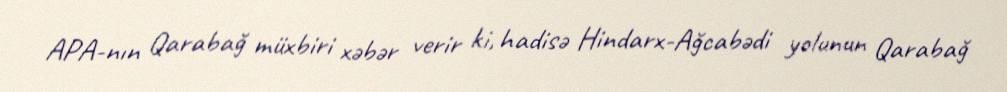
APA-nın Qarabağ müxbiri xəbər verir ki, hadisə Hindarx-Ağcabədi yolunun Qarabağ